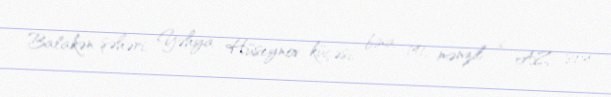
Balakən şəhəri, Yəhya Hüseynov küçəsi, bina 141, mənzil 6, AZ 804